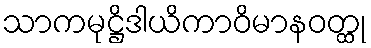
သာကမုဋ္ဌိဒါယိကာဝိမာနဝတ္ထု